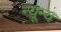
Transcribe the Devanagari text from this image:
न्यून्य